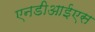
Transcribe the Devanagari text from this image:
एनडीआईएस